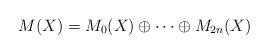
LaTeX: \begin{align*}M(X)=M_0(X)\oplus \cdots\oplus M_{2n}(X)\end{align*}